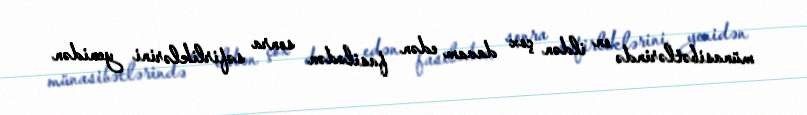
münasibətlərində on ildən çox davam edən fasilədən sonra səfirliklərini yenidən